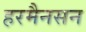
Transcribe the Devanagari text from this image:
हरमैनसन